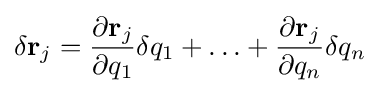
\delta \mathbf {r} _{j}={\frac {\partial \mathbf {r} _{j}}{\partial q_{1}}}\delta {q}_{1}+\ldots +{\frac {\partial \mathbf {r} _{j}}{\partial q_{n}}}\delta {q}_{n}